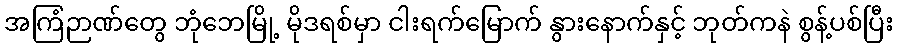
အကြံဉာဏ်တွေ ဘုံဘေမြို့ မိုဒရစ်မှာ ငါးရက်မြောက် နွားနောက်နှင့် ဘုတ်ကနဲ စွန့်ပစ်ပြီး